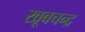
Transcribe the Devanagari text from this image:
खूबचन्द्र